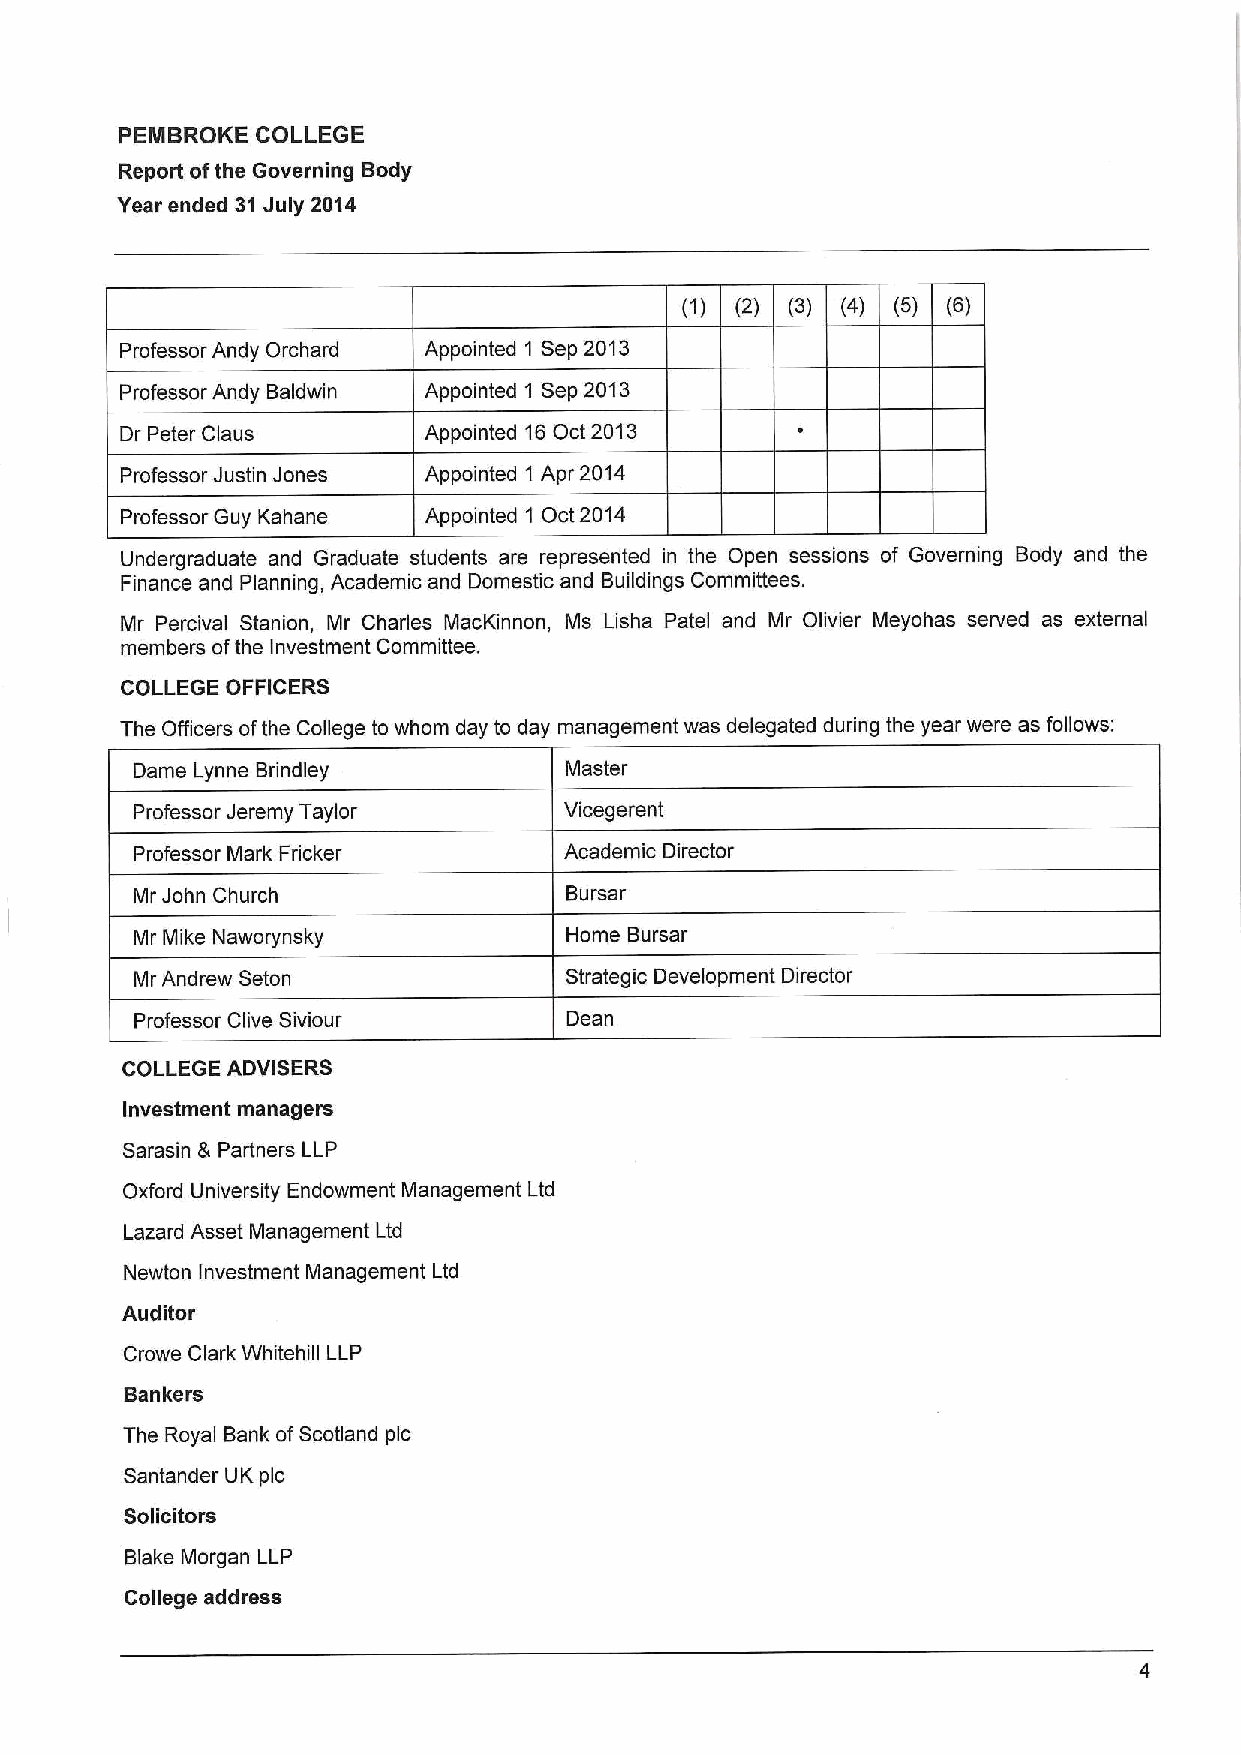
PEMBROKE COLLEGE
 Report ofthe Governing Body
 Year ended 31July 2014
 (2) (3) (4) (6) (6)
 Professor Andy Orchard Appointed 1 Sep 2013
 Professor Andy Baldwin Appointed 1 Sep 2013
 Dr Peter Claus      Appointed 16Oct 2013
 Professor Justin Jones Appointed 1 Apr 2014
 Professor Guy Kahane Appointed 1 Oct 2014
 Undergraduate and Graduate students are represented in the Open sessions of Governing Body and the
 Finance and Planning, Academic and Domestic and Buildings Committees.
 Mr Percival Stanion, Mr Charles MacKinnon, Ms Lisha Patel and Mr Olivier Meyohas served as external
 members ofthe Investment Committee.
 COLLEGE OFFICERS
 The Officers ofthe College to whom day to day management was delegated during the year were as follows:
 Dame Lynne Brindley         Master
 Professor Jeremy Taylor     Vicegerent
 Professor Mark Fricker      Academic Director
 Mr John Church              Bursar
 Mr Mike Naworynsky          Home Bursar
 Mr Andrew Seton             Strategic Development Director
 Professor Clive Siviour     Dean
 COLLEGE ADVISERS
 Investment managers
 Sarasin 8 Partners LLP
 Oxford University Endowment Management Ltd
 Lazard Asset Management Ltd
 Newton Investment Management Ltd
 Auditor
 Crowe Clark Whitehill LLP
 Bankers
 The Royal Bank ofScotland pic
 Santander UK pic
 Solicitors
 Blake Morgan LLP
 College address